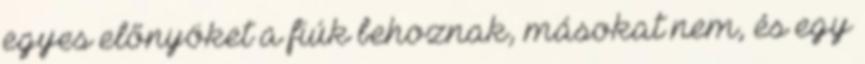
egyes előnyöket a fiúk behoznak, másokat nem, és egy